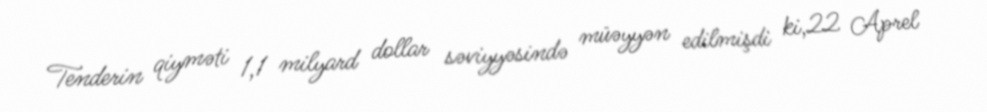
Tenderin qiyməti 1,1 milyard dollar səviyyəsində müəyyən edilmişdi ki,22 Aprel